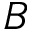
B